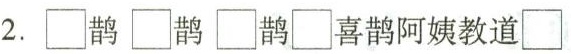
2. \Box鹊\Box鹊\Box鹊\Box喜鹊阿姨教道\Box